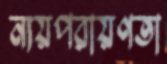
ন্যয়পরায়ণতা